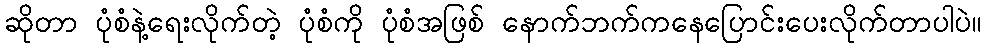
ဆိုတာ ပုံစံနဲ့ရေးလိုက်တဲ့ ပုံစံကို ပုံစံအဖြစ် နောက်ဘက်ကနေပြောင်းပေးလိုက်တာပါပဲ။